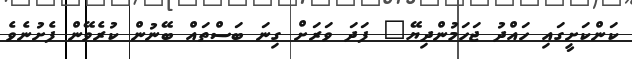
ކަންކަށީގައި ހައްދު ޖަހަމުންދިޔޭ" ފަދަ ވަރަށް ގިނަ ބަސްތައް ބޭނުން ކުރެވޭން ފެށުނެވެ